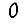
Digit: 0